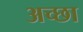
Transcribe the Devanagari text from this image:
अच्छा